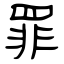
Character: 罪